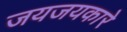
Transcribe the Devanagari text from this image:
जयजयकारे